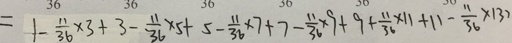
= 1 - \frac { 1 1 } { 3 6 } \times 3 + 3 - \frac { 1 1 } { 3 6 } \times 5 + 5 - \frac { 1 1 } { 3 6 } \times 7 + 7 - \frac { 1 1 } { 3 6 } \times 9 + 9 + \frac { 1 1 } { 3 6 } \times 1 1 + 1 1 - \frac { 1 1 } { 3 6 } \times 1 3 7